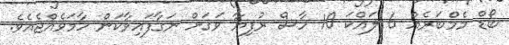
ބޯޑް މެމްބަރެއް 6 ލައްކަ 10 ހާސް ރުފިޔާ ވަގަށް ނަގާފައިވާކަން ހާމަވެއްޖެއެވެ.